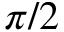
\pi / 2